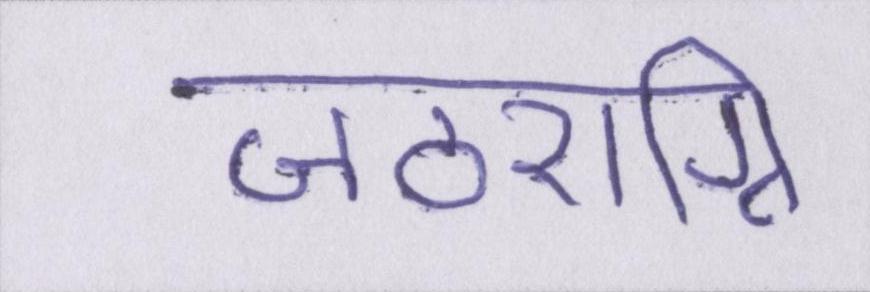
जठराग्नि